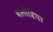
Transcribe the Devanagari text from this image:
बलोरिया